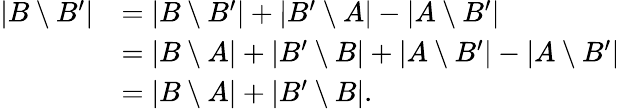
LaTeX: \begin{array}{rl}{|B\setminus B^{\prime}|}&{=|B\setminus B^{\prime}|+|B^{\prime}\setminus A|-|A\setminus B^{\prime}|}\\ &{=|B\setminus A|+|B^{\prime}\setminus B|+|A\setminus B^{\prime}|-|A\setminus B^{\prime}|}\\ &{=|B\setminus A|+|B^{\prime}\setminus B|.}\end{array}